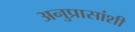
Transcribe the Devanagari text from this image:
अनुप्रासांशी